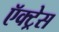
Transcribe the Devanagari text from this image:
ऍक्ट्रेस